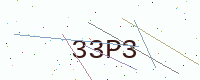
Text: 33P3